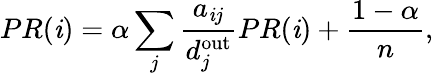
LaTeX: PR(\mathit{i})=\alpha\sum_{j}\frac{{a_{\mathit{i}j}}}{{d_{j}^{\mathrm{{out}}}}}PR(\mathit{i})+\frac{{1-\alpha}}{{n}},